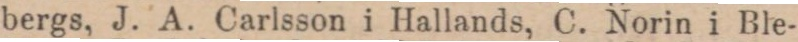
bergs, J. A. Carlsson i Hallands, C. Norin i Ble-